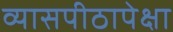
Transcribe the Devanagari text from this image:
व्यासपीठापेक्षा